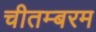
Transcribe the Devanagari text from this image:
चीतम्बरम